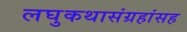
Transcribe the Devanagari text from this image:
लघुकथासंग्रहांसह